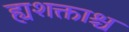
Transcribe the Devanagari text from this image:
ह्यशक्ताश्च